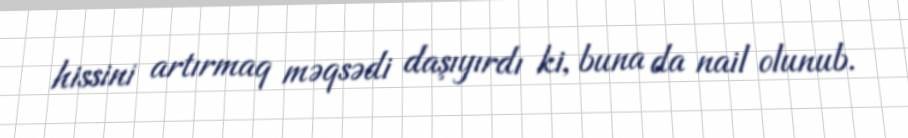
hissini artırmaq məqsədi daşıyırdı ki, buna da nail olunub.